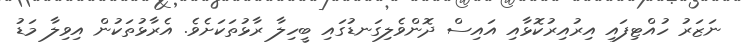
ނަޒަރު ހުއްޓިފައި އިރުއިރުކޮޅާއި އައިސް ދޮންވެލިގަނޑުގައި ބީހިލާ ރާޅުތަކަށެވެ. އެރާޅުތަކުން އިވިލާ މަޑު